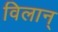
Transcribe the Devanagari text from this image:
विलान्